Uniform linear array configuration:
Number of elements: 32
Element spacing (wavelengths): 0.25
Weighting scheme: hamming
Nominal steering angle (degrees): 0
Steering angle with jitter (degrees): -1.458
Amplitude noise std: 0.05
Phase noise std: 0.05

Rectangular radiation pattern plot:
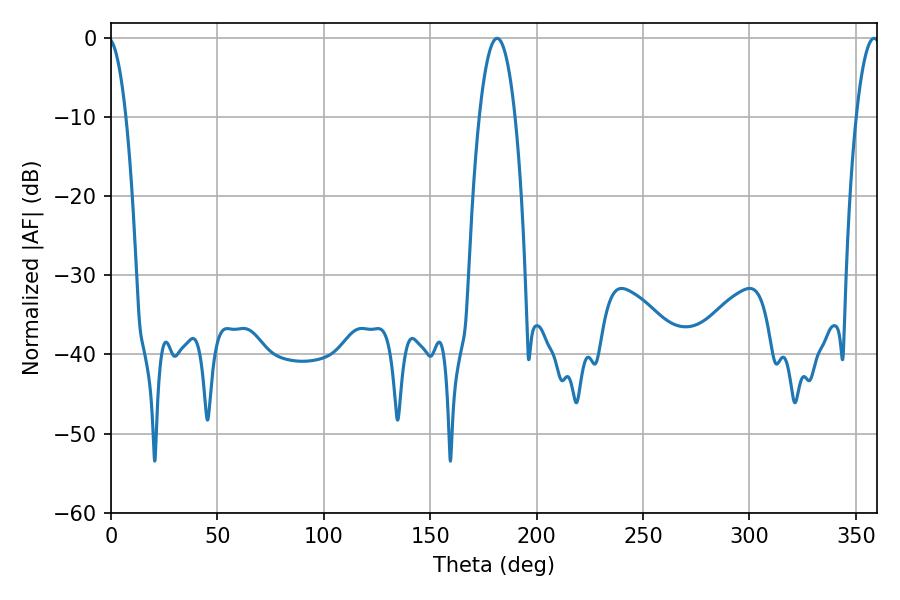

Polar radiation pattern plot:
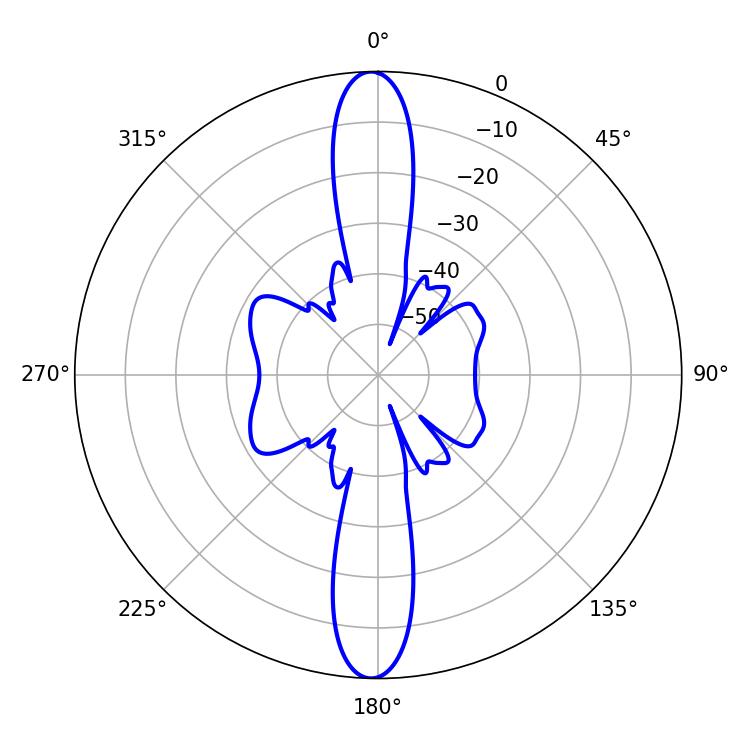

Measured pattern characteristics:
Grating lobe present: FALSE
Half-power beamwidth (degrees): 9.36
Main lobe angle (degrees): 181.44